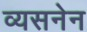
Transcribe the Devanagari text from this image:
व्यसनेन